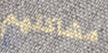
مشاكلهم